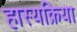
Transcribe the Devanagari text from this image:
हास्यक्रिया